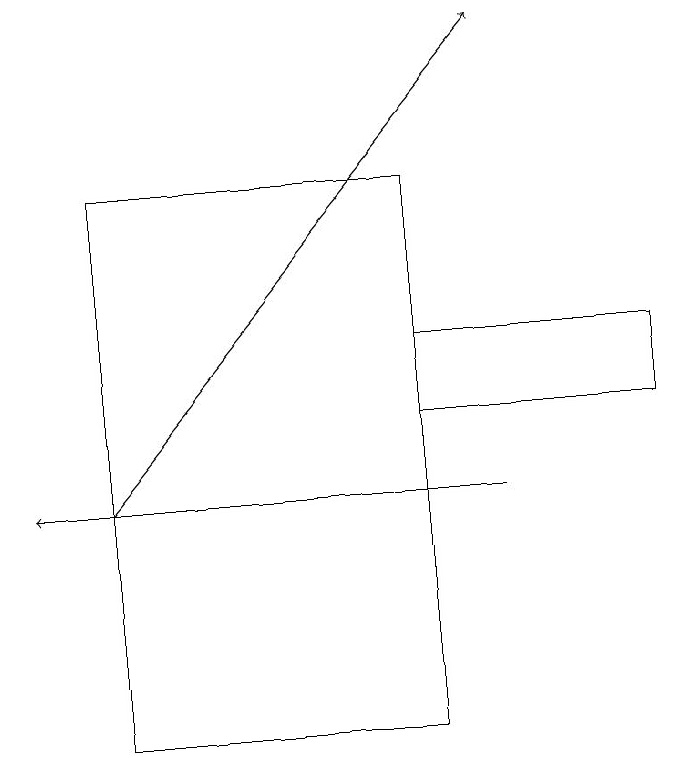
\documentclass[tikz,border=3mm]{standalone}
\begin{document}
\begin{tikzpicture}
\draw (1,10) rectangle (5,17);
\draw (5,14) rectangle (8,15);
\draw[->] (6,13) -- (0,13);
\draw[->] (1,13) -- (6,19);
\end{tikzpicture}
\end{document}